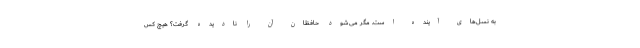
به نسل‌های آینده است. مگر می‌شود حافظان آن را نادیده گرفت؟ هیچ کس